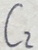
Text: C2